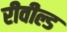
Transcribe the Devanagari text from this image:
रीवील्ड